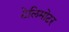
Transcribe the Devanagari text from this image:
टेलिमोटर